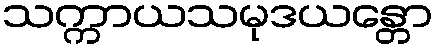
သက္ကာယသမုဒယန္တော